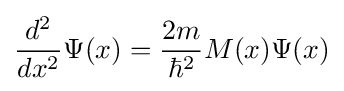
{\frac {d^{2}}{dx^{2}}}\Psi (x)={\frac {2m}{\hbar ^{2}}}M(x)\Psi (x)